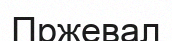
Пржевал